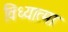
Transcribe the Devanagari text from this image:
विध्यात्मा